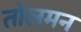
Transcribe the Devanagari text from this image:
तोलमन